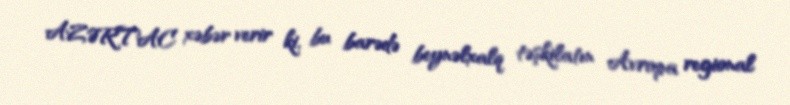
AZƏRTAC xəbər verir ki, bu barədə beynəlxalq təşkilatın Avropa regional